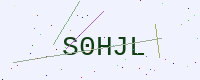
Text: S0HJL